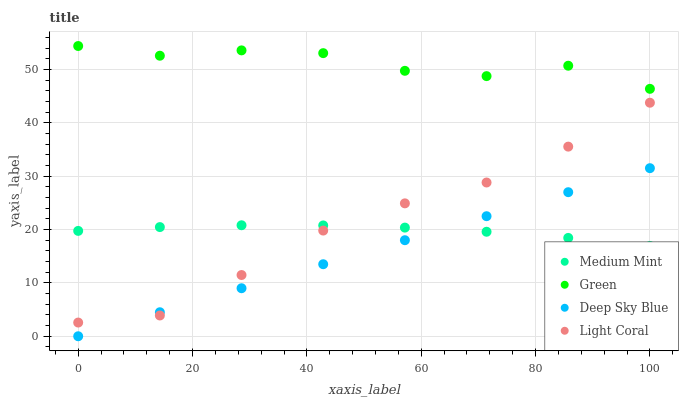
| xaxis_label | Medium Mint | Green | Deep Sky Blue | Light Coral |
 | --- | --- | --- | --- | --- |
 | 0 | 19.8 | 54.4 | 0 | 2.57 |
 | 14.3 | 20.5 | 52.6 | 4.5 | 3.89 |
 | 28.6 | 20.8 | 53.6 | 9 | 11.5 |
 | 42.9 | 20.8 | 53.1 | 13.5 | 19.8 |
 | 57.1 | 20.4 | 49.8 | 18 | 24.9 |
 | 71.4 | 19.6 | 48.8 | 22.5 | 28.8 |
 | 85.7 | 18.4 | 50.7 | 27 | 35.5 |
 | 100 | 16.9 | 46.4 | 31.5 | 43.8 |